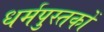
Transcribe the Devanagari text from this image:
धर्मपुस्तकों